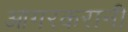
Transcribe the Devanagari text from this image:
आगरकरानी